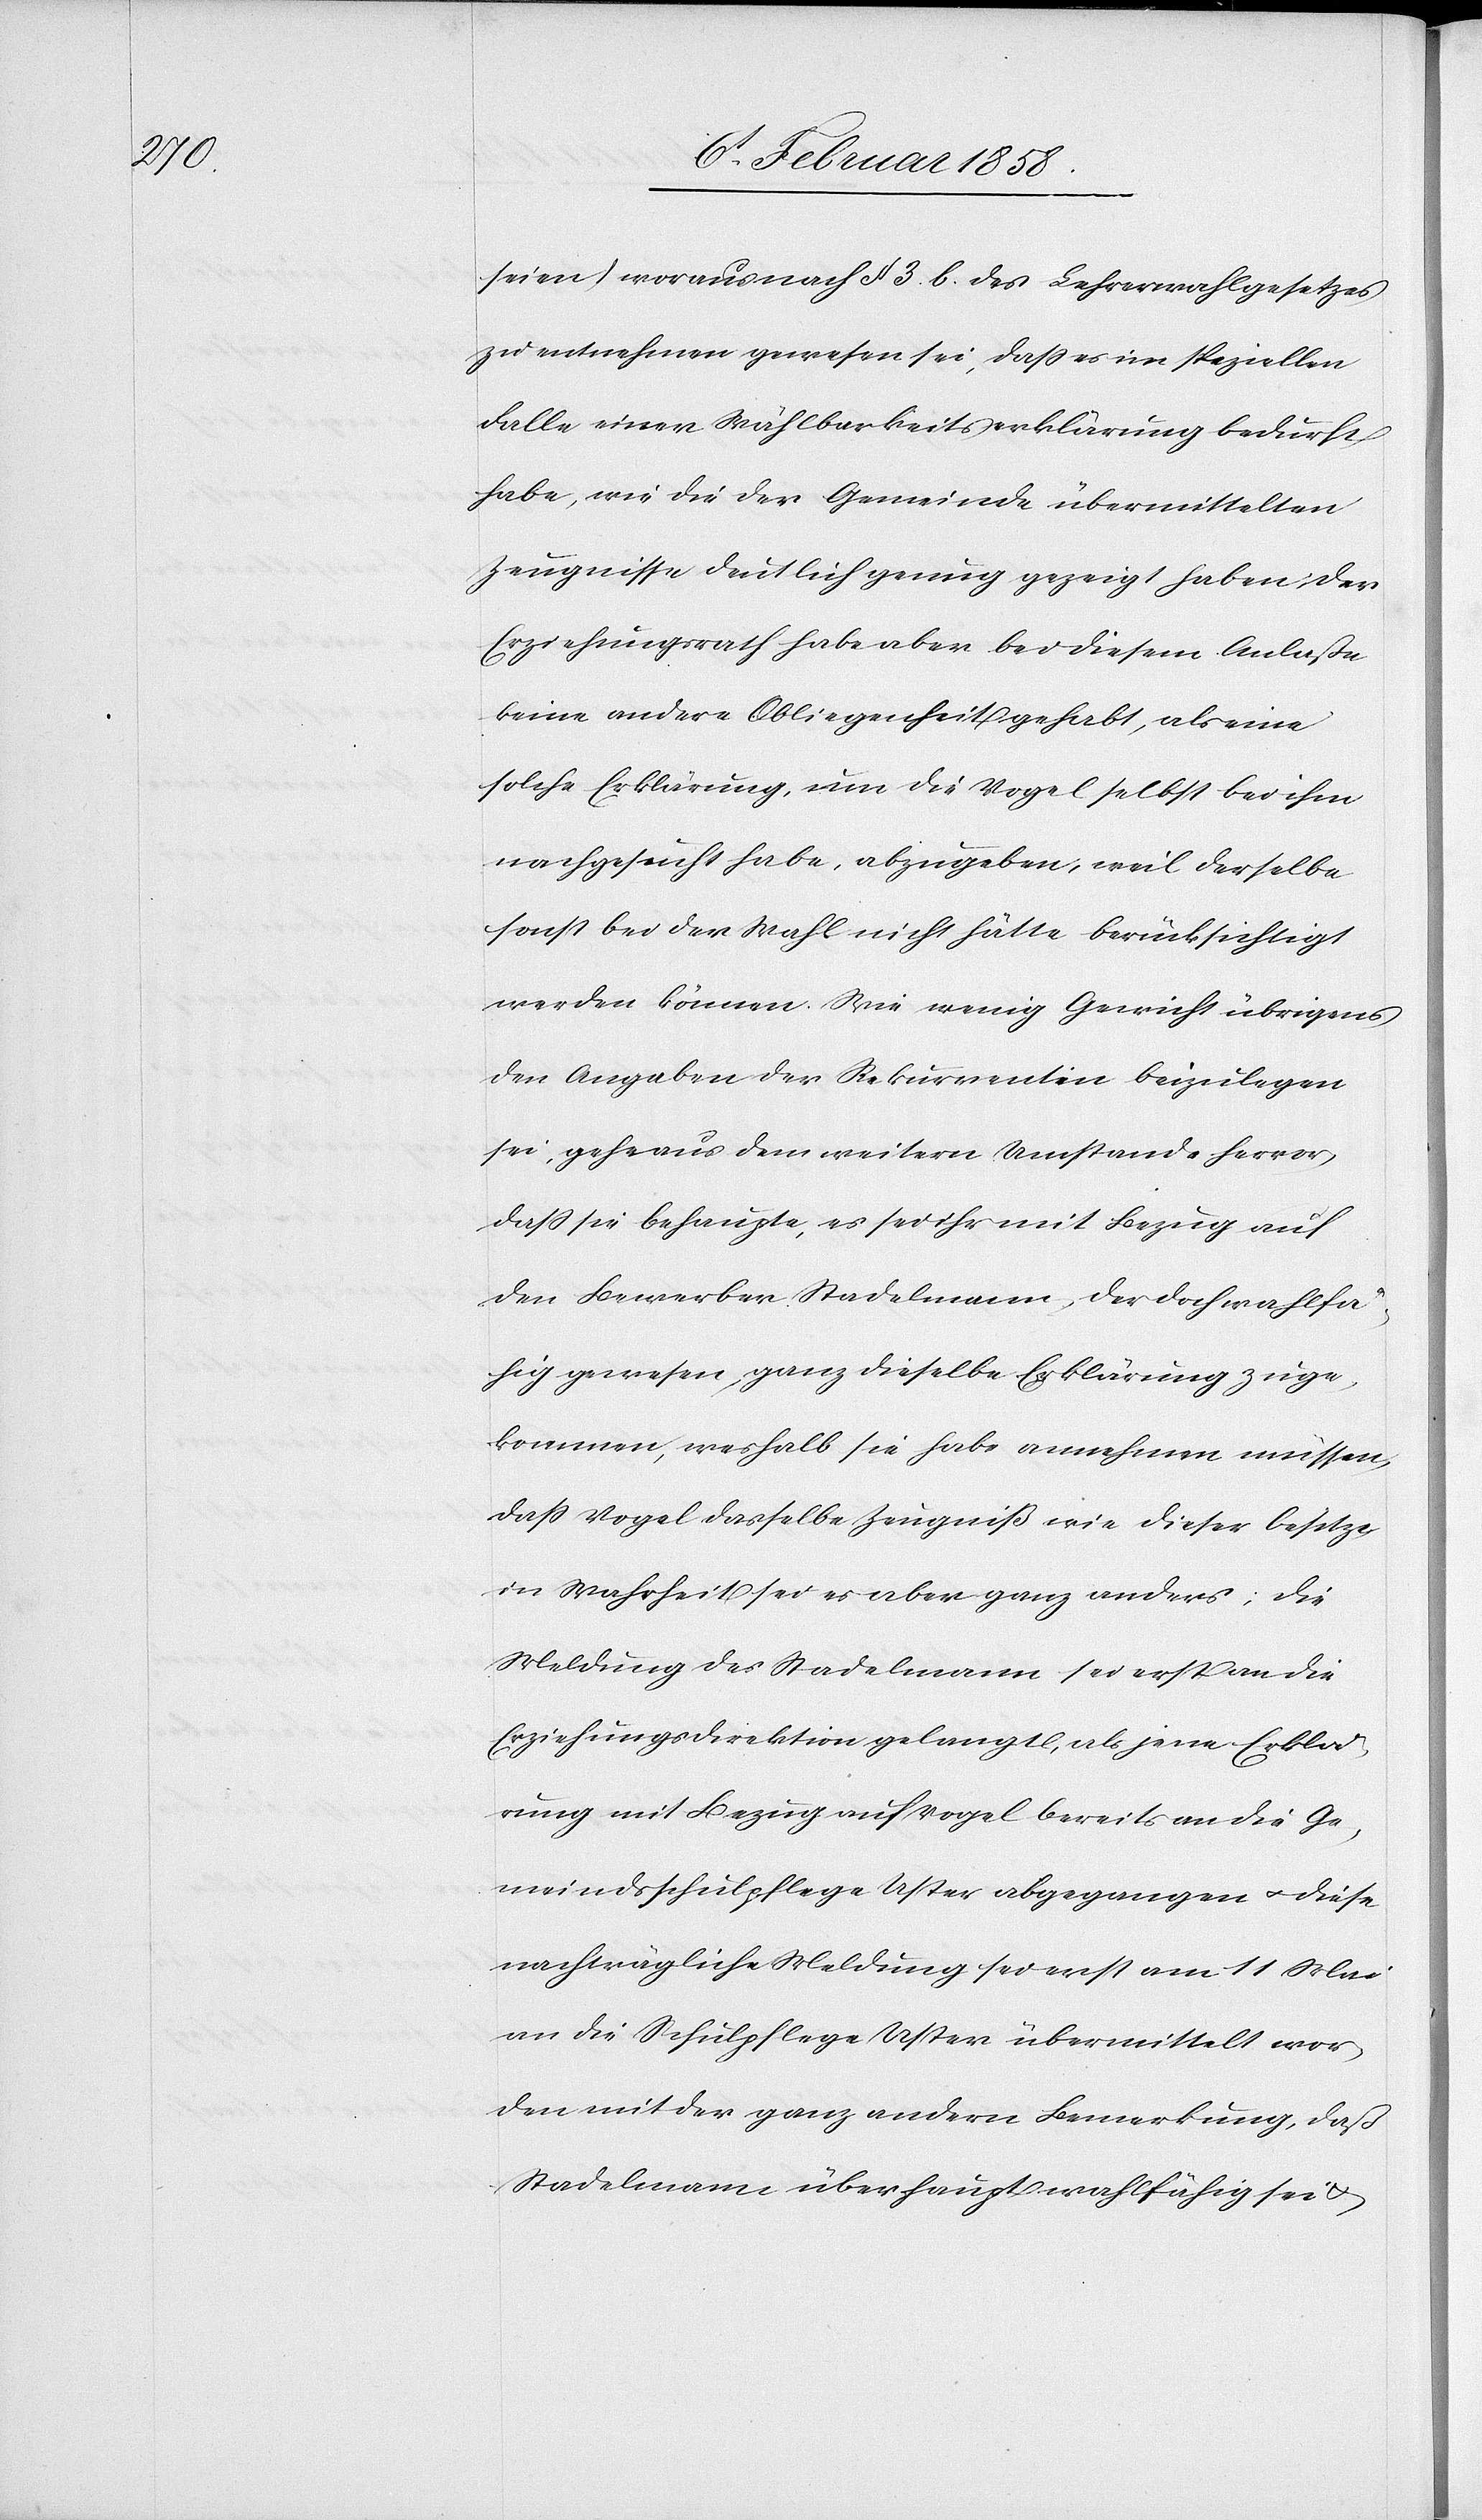
seien) woraus nach § 3. b. des Lehrerwahlgesetzes
zu entnehmen gewesen sei, daß es im speziellen
Falle einer Wählbarkeitserklärung bedurft
habe, wie die der Gemeinde übermittelten
Zeugnisse deutlich genug gezeigt haben. Der
Erziehungsrath habe aber bei diesem Anlaße
keine andere Obliegenheit gehabt, als eine
solche Erklärung, um die Vogel selbst bei ihm
nachgesucht habe, abzugeben, weil derselbe
sonst bei der Wahl nicht hätte berücksichtigt
werden können. Wie wenig Gewicht übrigens
den Angaben der Rekurrentin beizulegen
sei, gehe aus dem weitern Umstande hervor,
daß sie behaupte, es sei ihr mit Bezug auf
den Bewerber Stadelmann, der doch wahlfä¬
hig gewesen, ganz dieselbe Erklärung zuge¬
kommen, weshalb sie habe annehmen müssen,
daß Vogel dasselbe Zeugniß wie dieser besitze,
in Wahrheit sei es aber ganz anders; die
Meldung des Stadelmann sei erst an die
Erziehungsdirektion gelangt, als jene Erklä¬
rung mit Bezug auf Vogel bereits an die Ge¬
meindsschulpflege Uster abgegangen u. diese
nachträgliche Meldung sei erst am 11 Mai
an die Schulpflege Uster übermittelt wor¬
den mit der ganz andern Bemerkung, daß
Stadelmann überhaupt wahlfähig sei &